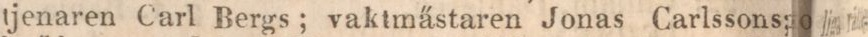
tjenaren Carl Bergs; vaktmästaren Jonas Carlssons